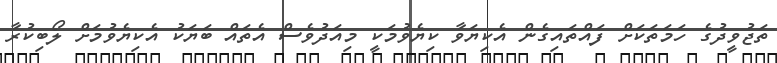
ތަޖުވީދުގެ ހަމަތަކަށް ފައްތައިގެން އެކިޔަވާ ކިޔެވުމަކީ މިއަދުވެސް އެތައް ބަޔަކު އެކިޔެވުމަށް ލޯބިކުރާ